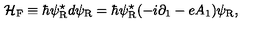
{ \cal H } _ { \mathrm { F } } \equiv \hbar \psi _ { \mathrm { R } } ^ { \star } d \psi _ { \mathrm { R } } = \hbar \psi _ { \mathrm { R } } ^ { \star } ( - i { \partial } _ { 1 } - e A _ { 1 } ) \psi _ { \mathrm { R } } ,